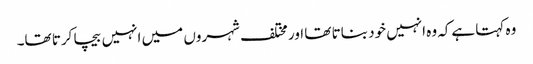
وہ کہتا ہےکہ وہ انہیں خود بناتا تھا اور مختلف شہروں میں انہیں بیچا کرتا تھا۔